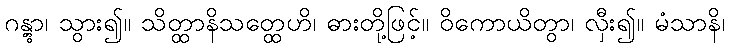
ဂန္တွာ၊ သွား၍။ သိတ္ထာနိသတ္ထေဟိ၊ ဓားတို့ဖြင့်။ ဝိကောယိတွာ၊ လှီး၍။ မံသာနိ၊